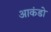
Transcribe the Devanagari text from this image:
आकंडो